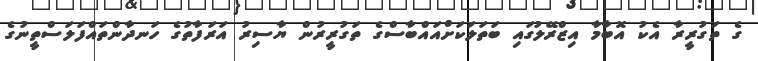
ގެ ތަގުރީރާ އެކު އޮބާމާ އިޒްރޭލުގައި ބަތަލަކަށްއައްބާސްގެ ތަގުރީރުން ޔާސިރު އަރަފާތުގެ ހަނދާންތައްފަލަސްތީނުގެ